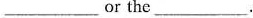
___ or the___ .